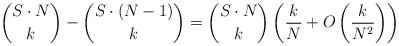
LaTeX: \begin{align*} \binom{S\cdot N}{k} -\binom{S\cdot (N-1)}{k}=\binom{S\cdot N}{k}\left(\frac{k}{N}+O\left(\frac{k}{N^2}\right)\right)\end{align*}